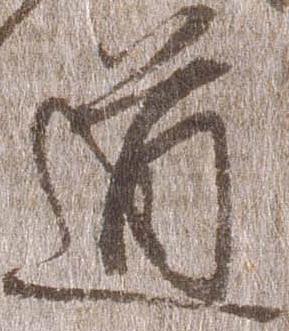
道